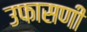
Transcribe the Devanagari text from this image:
उफासणी